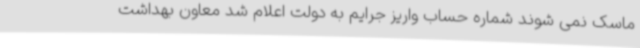
ماسک نمی شوند شماره حساب واریز جرایم به دولت اعلام شد معاون بهداشت